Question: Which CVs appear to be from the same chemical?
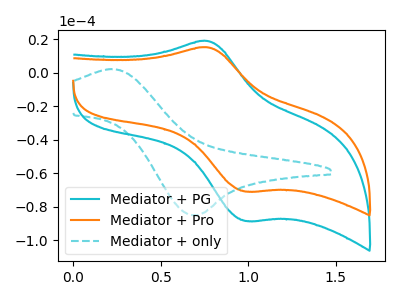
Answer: <think>The cyan curve "Mediator + PG" has an anodic peak at (0.75V, 19.00uA) and a cathodic peak at (1.00V, -88.35uA). The orange curve "Mediator + Pro" has an anodic peak at (0.75V, 15.20uA) and a cathodic peak at (1.00V, -70.80uA). The cyan dashed curve "Mediator + only" has an anodic peak at (0.20V, 2.25uA) and a cathodic peak at (0.70V, -85.05uA).
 All the peaks in "Mediator + PG" have a peak in "Mediator + Pro" at the same potential. Every peak in "Mediator + PG" is higher than every peak in "Mediator + Pro". "Mediator + PG" and "Mediator + only" have at least one peak that do not match. "Mediator + Pro" and "Mediator + only" have at least one peak that do not match.</think>
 <answer>"Mediator + Pro" and "Mediator + PG" have the same shape and are likely CV's of the same chemical.</answer>
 <eval>"Mediator + Pro" "Mediator + PG"</eval>